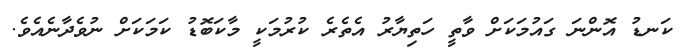
ކަނޑު އޮންނަ ގައުމަކަށް ވާތީ ހަތިޔާރު އެތެރެ ކުރުމަކީ މާކަބޮޑު ކަމަކަށް ނުވެދާނެއެވެ.